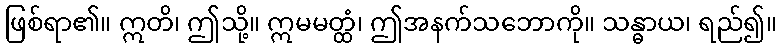
ဖြစ်ရာ၏။ ဣတိ၊ ဤသို့။ ဣမမတ္ထံ၊ ဤအနက်သဘောကို။ သန္ဓာယ၊ ရည်၍။